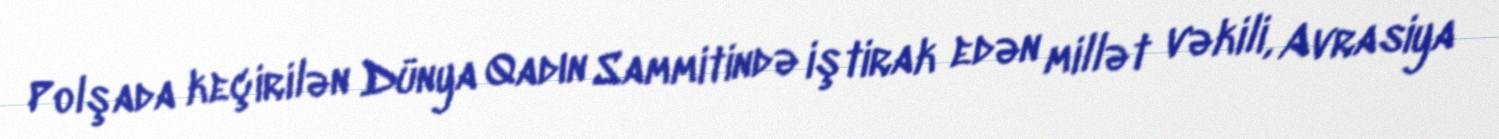
Polşada keçirilən Dünya Qadın Sammitində iştirak edən millət vəkili, Avrasiya